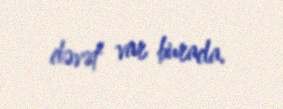
dəvət var burada.